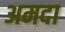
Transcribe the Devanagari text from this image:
अमदा